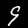
Digit: 9